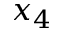
x _ { 4 }